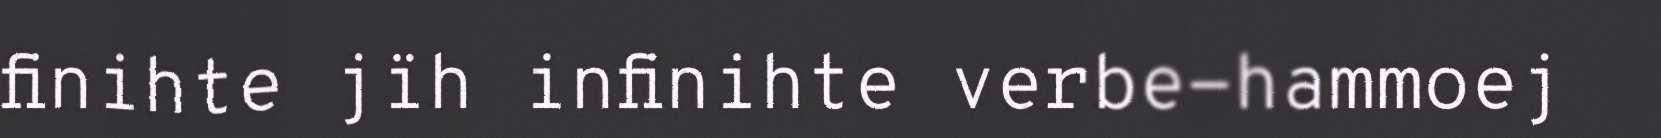
finihte jïh infinihte verbe-hammoej